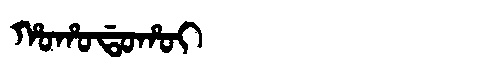
Manchu: ᡥᠣᡥᠣᡩᠣᡥᠣᡳ
Romanization: HOHODOHOI